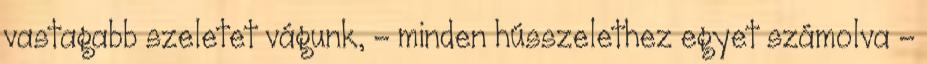
vastagabb szeletet vágunk, - minden hússzelethez egyet számolva -